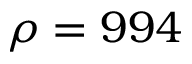
\rho = 9 9 4